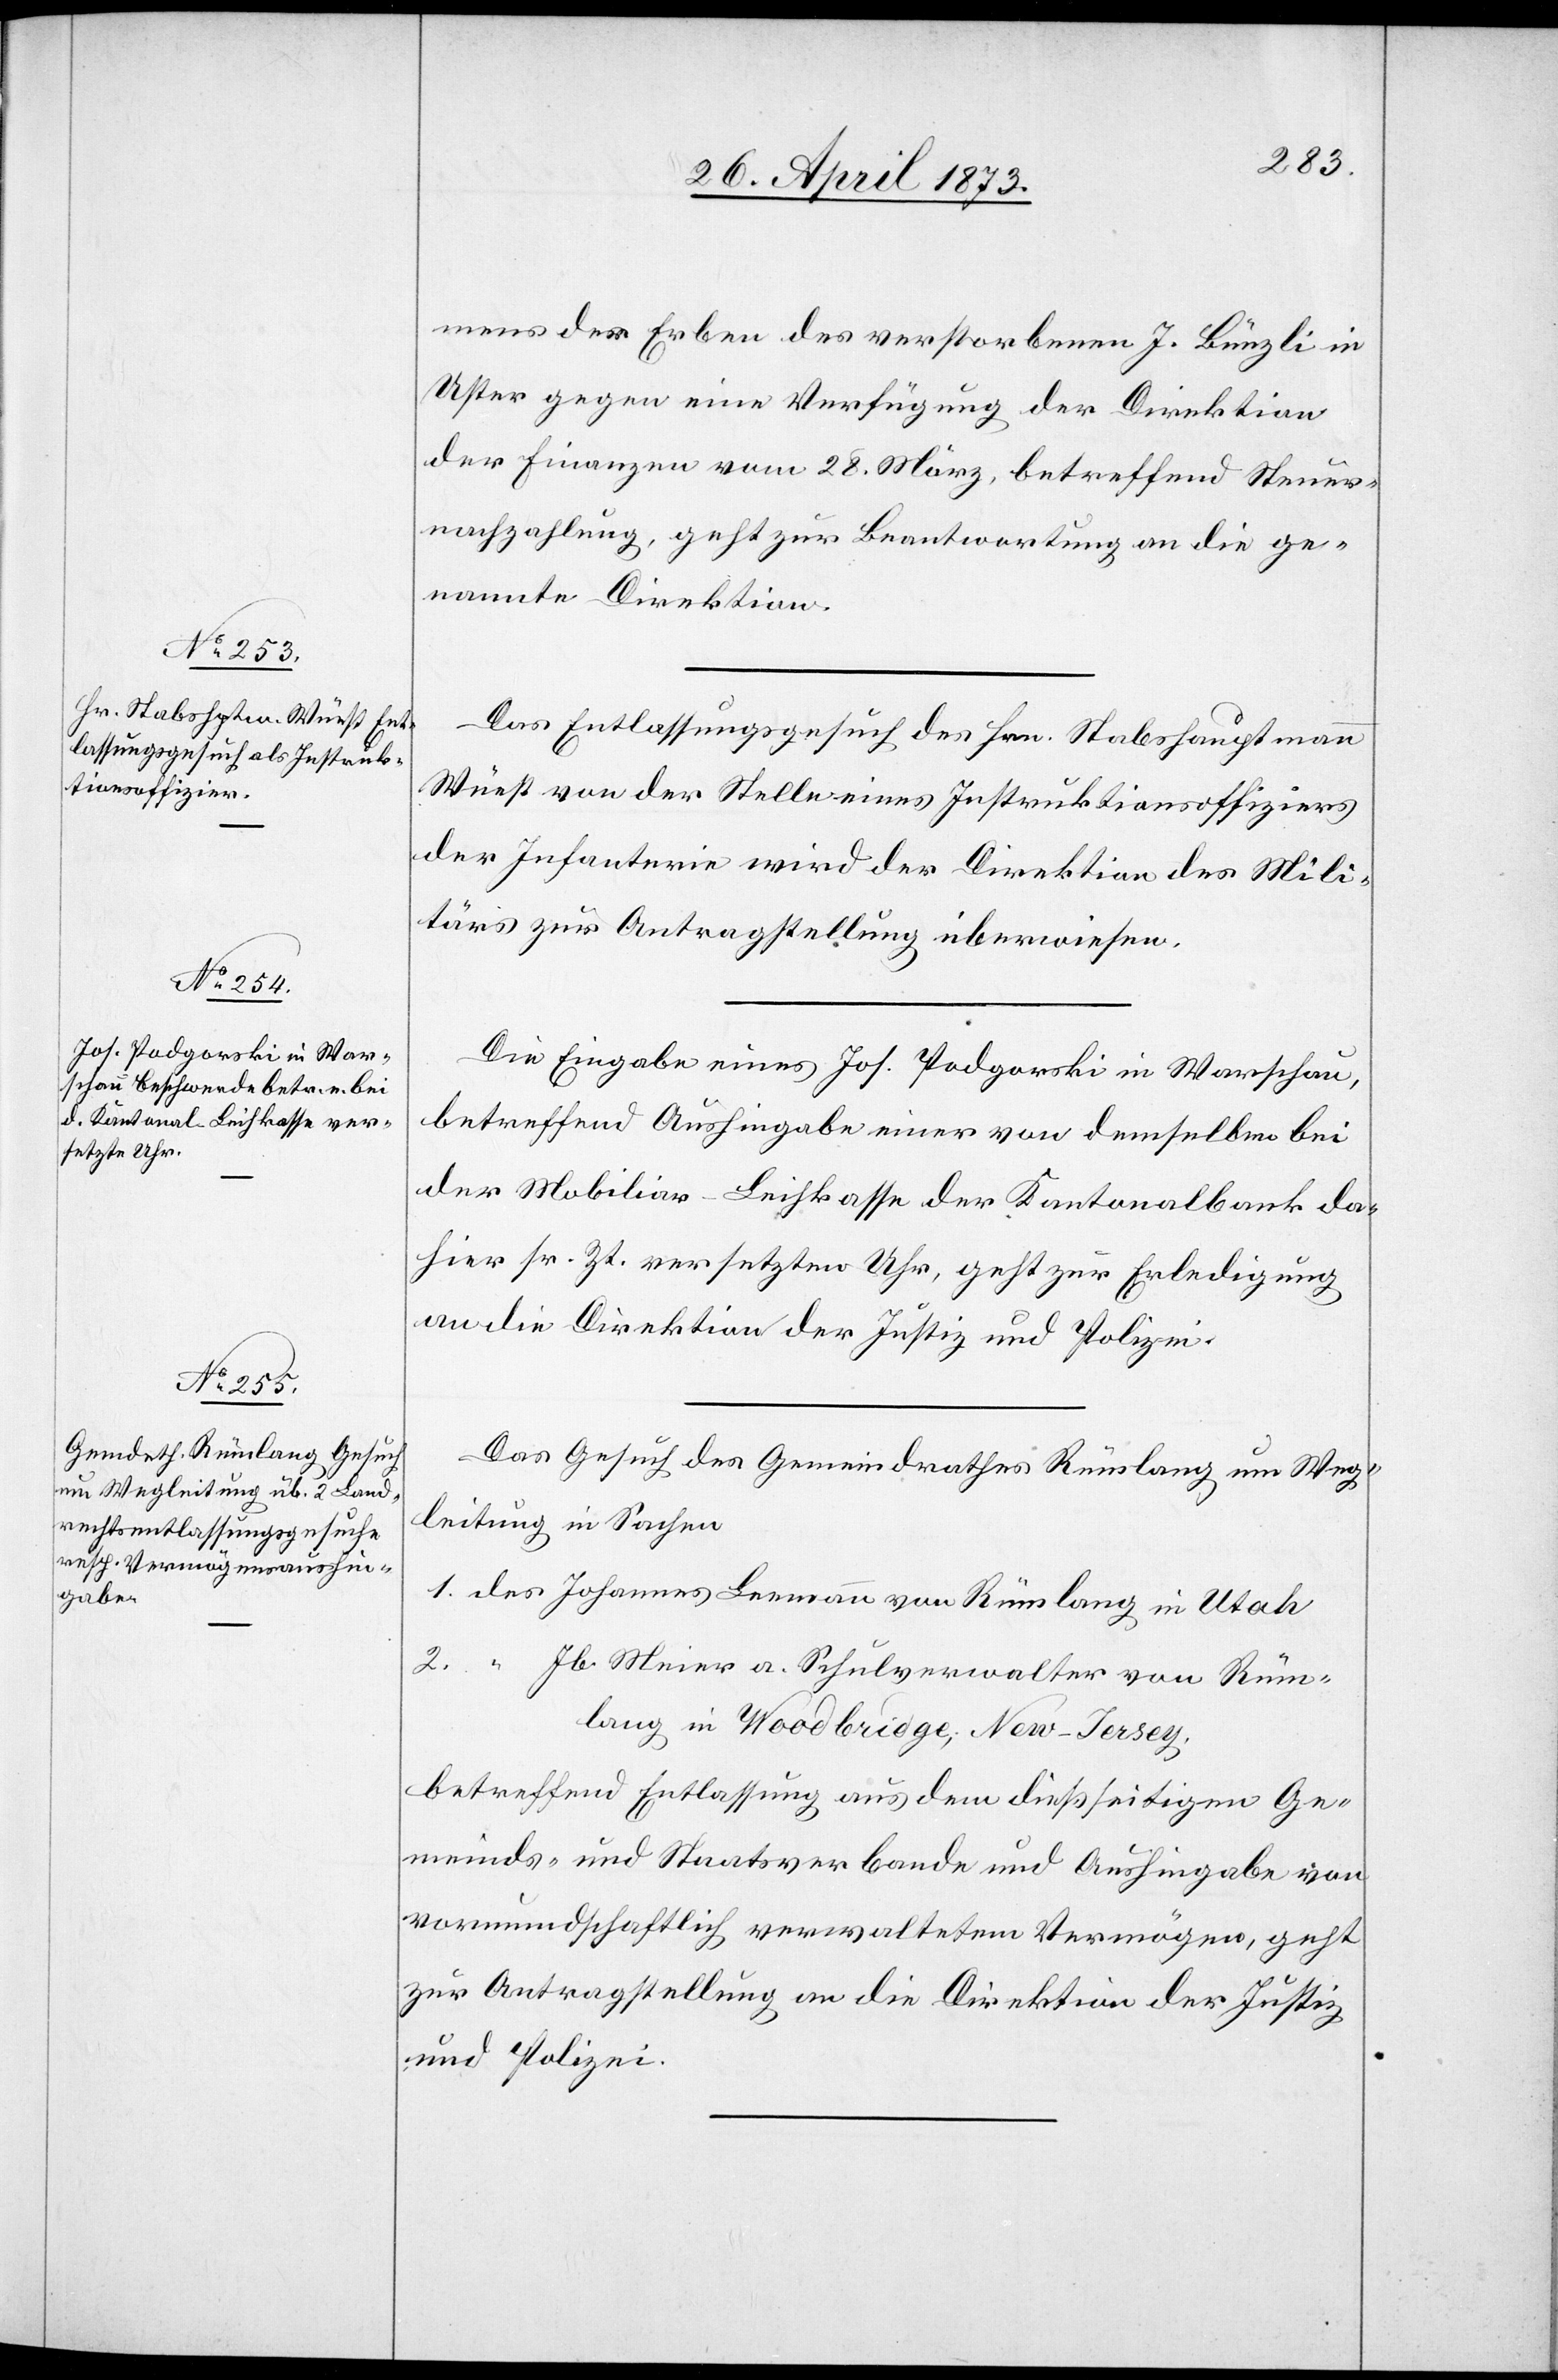
29. April 1873]
mens der Erben des verstorbenen J. Bünzli in
Uster gegen eine Verfügung der Direktion
der Finanzen vom 28. März, betreffend Steuer¬
nachzahlung, geht zur Beantwortung an die ge¬
nannte Direktion.
Das Entlassungsgesuch des Hrn. Stabshauptmann
Wüest von der Stelle eines Instruktionsoffiziers
der Infanterie wird der Direktion des Mili¬
tärs zur Antragstellung überwiesen.
Die Eingabe eines Jos. Padgorski in Warschau,
betreffend Aushingabe einer von demselben bei
der Mobiliar-Leihkasse der Kantonalbank da¬
hier sr. Zt. versetzten Uhr, geht zur Erledigung
an die Direktion der Justiz und Polizei.
Das Gesuch des Gemeindrathes Rümlang um Weg¬
leitung in Sachen
1. des Johannes Leemann von Rümlang in Utah
2. “ Jb. Meier a. Schulverwalter von Rüm¬
lang in Woodbridge; New-Jersey,
betreffend Entlassung aus dem dießseitigen Ge¬
meinds- und Staatsverbande und Aushingabe von
vormundschaftlich verwaltetem Vermögen, geht
zur Antragstellung an die Direktion der Justiz
und Polizei.